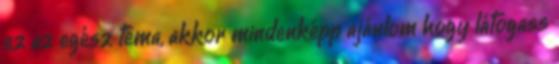
ez az egész téma, akkor mindenképp ajánlom hogy látogass